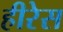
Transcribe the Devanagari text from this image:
हीरेस